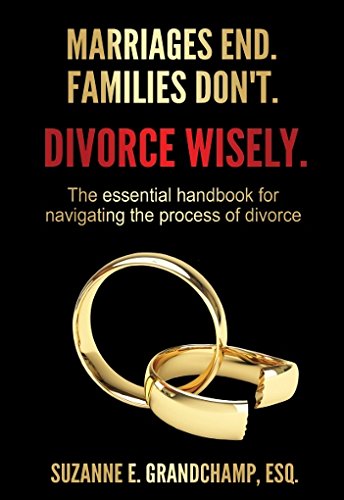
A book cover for Marriages End. Families Don't. Divorce Wisely.: The essential handbook for navigating the process of divorce.; Suzanne E. Grandchamp; Parenting & Relationships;